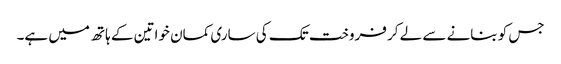
جس کو بنانے سے لے کر فروخت تک کی ساری کمان خواتین کے ہاتھ میں ہے۔